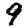
Digit: 9